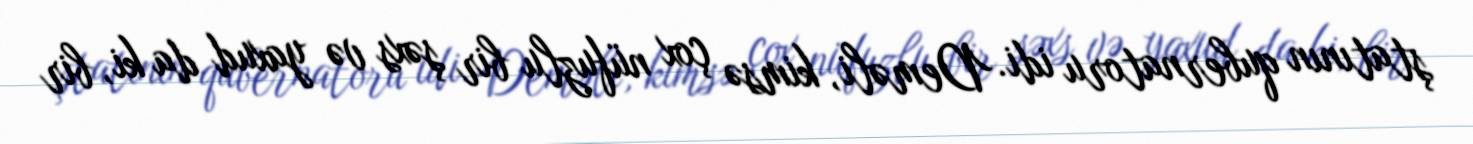
ştatının qubernatoru idi. Deməli, kimsə çox nüfuzlu bir şəxs və yaxud da ki, bir